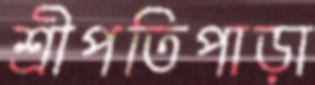
শ্রীপতিপাড়া